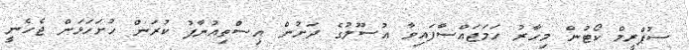
ސުޕްރީމް ކޯޓުން މިހާރު ހަމަޖައްސާފައިވާ އުސޫލުގެ ދަށުން އިސްތިއުނާފު ކުރަން ހުށަހަޅަން ޖެހެނީ